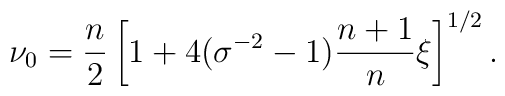
\nu _0=\frac{n}{2}\left[ 1+4(\sigma ^{-2}-1)  \frac{n+1}{n}\xi  \right] ^{1/2 }.